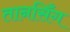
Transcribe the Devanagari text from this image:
तानसिँग